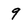
Character: 9